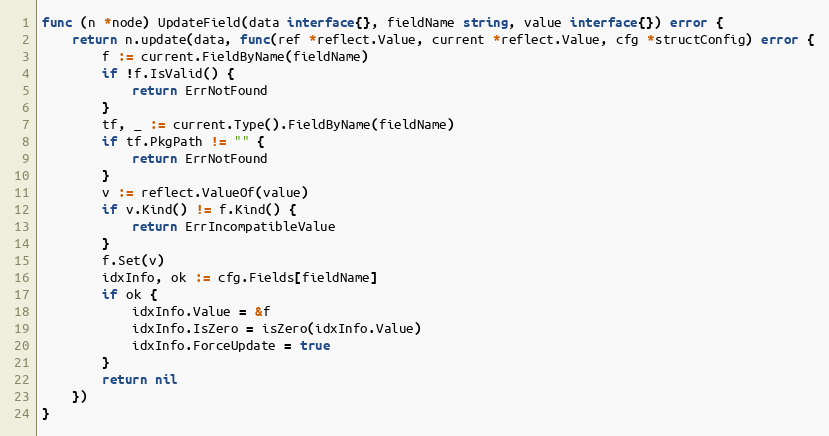
Language: Go
func (n *node) UpdateField(data interface{}, fieldName string, value interface{}) error {
	return n.update(data, func(ref *reflect.Value, current *reflect.Value, cfg *structConfig) error {
		f := current.FieldByName(fieldName)
		if !f.IsValid() {
			return ErrNotFound
		}
		tf, _ := current.Type().FieldByName(fieldName)
		if tf.PkgPath != "" {
			return ErrNotFound
		}
		v := reflect.ValueOf(value)
		if v.Kind() != f.Kind() {
			return ErrIncompatibleValue
		}
		f.Set(v)
		idxInfo, ok := cfg.Fields[fieldName]
		if ok {
			idxInfo.Value = &f
			idxInfo.IsZero = isZero(idxInfo.Value)
			idxInfo.ForceUpdate = true
		}
		return nil
	})
}